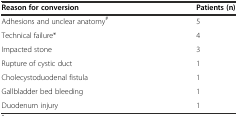
| Reason for conversion | Patients (n) |
 | --- | --- |
 | Adhesions and unclear anatomy# | 5 |
 | Technical failure* | 4 |
 | Impacted stone | 3 |
 | Rupture of cystic duct | 1 |
 | Cholecystoduodenal fistula | 1 |
 | Gallbladder bed bleeding | 1 |
 | Duodenum injury | 1 |